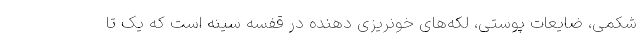
شکمی، ضایعات پوستی، لکه‌های خونریزی دهنده در قفسه سینه است که یک تا